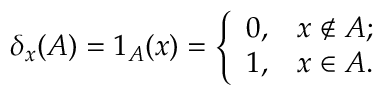
\delta _ { x } ( A ) = 1 _ { A } ( x ) = { \left\{ \begin{array} { l l } { 0 , } & { x \not \in A ; } \\ { 1 , } & { x \in A . } \end{array} \right. }